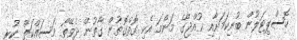
ހޮސްޕިޓަލުން ބުނިކަމަށާއި ކުއްޖާގެ މަންމަ އެކި ގޮތްގޮތުން ގާތުން ދެވޭތޯ މަސައްކަތް ކުރި